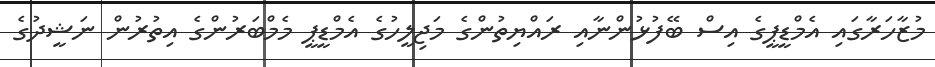
މުޒާހަރާގައި އެމްޑީޕީގެ އިސް ބޭފުޅުންނާއި ރައްޔިތުންގެ މަޖިލީހުގެ އެމްޑީޕީ މެމްބަރުންގެ އިތުރުން ނަޝީދުގެ